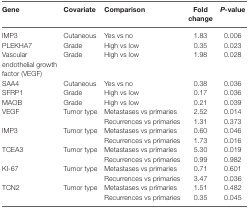
<table><thead><tr><td><b>Gene</b></td><td><b>Covariate</b></td><td><b>Comparison</b></td><td><b>Fold change</b></td><td><b><i>P</i>-value</b></td></tr></thead><tbody><tr><td>IMP3</td><td>Cutaneous</td><td>Yes vs no</td><td>1.83</td><td>0.006</td></tr><tr><td>PLEKHA7</td><td>Grade</td><td>High vs low</td><td>0.35</td><td>0.023</td></tr><tr><td>Vascular endothelial growth factor (VEGF)</td><td>Grade</td><td>High vs low</td><td>1.98</td><td>0.028</td></tr><tr><td>SAA4</td><td>Cutaneous</td><td>Yes vs no</td><td>0.38</td><td>0.036</td></tr><tr><td>SFRP1</td><td>Grade</td><td>High vs low</td><td>0.17</td><td>0.036</td></tr><tr><td>MAOB</td><td>Grade</td><td>High vs low</td><td>0.21</td><td>0.039</td></tr><tr><td>VEGF</td><td>Tumor type</td><td>Metastases vs primaries</td><td>2.52</td><td>0.014</td></tr><tr><td>[EMPTY_CELL]</td><td>[EMPTY_CELL]</td><td>Recurrences vs primaries</td><td>1.31</td><td>0.373</td></tr><tr><td>IMP3</td><td>Tumor type</td><td>Metastases vs primaries</td><td>0.60</td><td>0.046</td></tr><tr><td>[EMPTY_CELL]</td><td>[EMPTY_CELL]</td><td>Recurrences vs primaries</td><td>1.73</td><td>0.016</td></tr><tr><td>TCEA3</td><td>Tumor type</td><td>Metastases vs primaries</td><td>5.30</td><td>0.019</td></tr><tr><td>[EMPTY_CELL]</td><td>[EMPTY_CELL]</td><td>Recurrences vs primaries</td><td>0.99</td><td>0.982</td></tr><tr><td>KI-67</td><td>Tumor type</td><td>Metastases vs primaries</td><td>0.71</td><td>0.601</td></tr><tr><td>[EMPTY_CELL]</td><td>[EMPTY_CELL]</td><td>Recurrences vs primaries</td><td>3.47</td><td>0.036</td></tr><tr><td>TCN2</td><td>Tumor type</td><td>Metastases vs primaries</td><td>1.51</td><td>0.482</td></tr><tr><td>[EMPTY_CELL]</td><td>[EMPTY_CELL]</td><td>Recurrences vs primaries</td><td>0.35</td><td>0.045</td></tr></tbody></table>